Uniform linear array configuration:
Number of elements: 4
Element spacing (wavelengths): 0.75
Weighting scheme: cosine
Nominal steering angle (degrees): -60
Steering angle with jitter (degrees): -59.18
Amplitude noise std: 0.05
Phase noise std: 0.05

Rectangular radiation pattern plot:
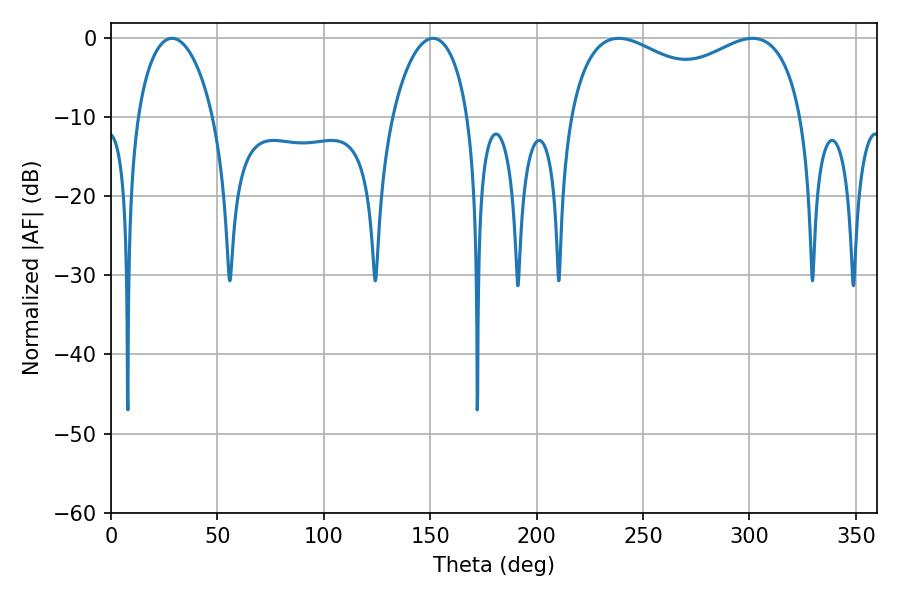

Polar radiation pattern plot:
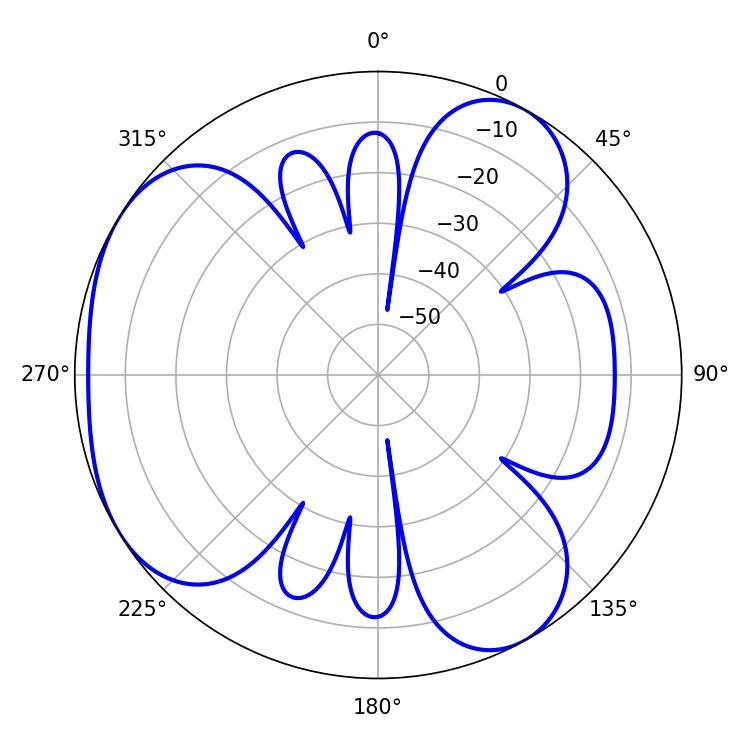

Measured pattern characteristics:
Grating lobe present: TRUE
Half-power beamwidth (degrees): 91.44
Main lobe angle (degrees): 238.5